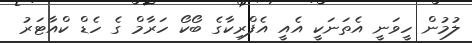
ލުމުން ހީވަނީ އެތަނަކީ އެއީ އެފްރިކާގެ ބޯކޯ ހަރާމް ގެ ހެޑް ކްއާޓަރު